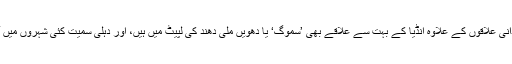
'/ppیاد رہے کہ آج کل پاکستان کے صوبہ پنجاب کے میدانی علاقوں کے علاوہ انڈیا کے بہت سے علاقے بھی ’سموگ‘ یا دھویں ملی دھند کی لپیٹ میں ہیں، اور دہلی سمیت کئی شہروں میں آلودگی کا درجہ خطرناک حدوں کو چھو رہا ہے۔